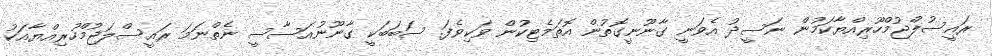
ރައީސުލްޖުމްހޫރިއްޔާކަމުން ނަސީދު އެވަނީ ގާނޫނީގޮތުން އޮތަމެޓިކުން ވަކިވެފަ. ސަބަބަކީ ގާނޫނުއަސާސީ ނެތްނަމަ ރައީސްލަޖުމްހުރިއްޔާއަކު